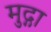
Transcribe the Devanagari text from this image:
मुद्गा